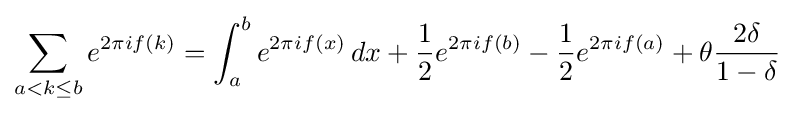
\sum _{a<k\leq b}e^{2\pi if(k)}=\int _{a}^{b}e^{2\pi if(x)}\,dx+{\frac {1}{2}}e^{2\pi if(b)}-{\frac {1}{2}}e^{2\pi if(a)}+\theta {\frac {2\delta }{1-\delta }}